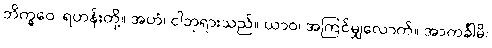
ဘိက္ခဝေ၊ ရဟန်းတို့။ အဟံ၊ ငါဘုရားသည်။ ယာဝ၊ အကြင်မျှလောက်။ အာကင်္ခါမိ၊